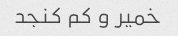
خمیر و کم کنجد